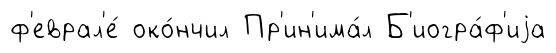
ф'еврал'е́ око́нчил Пр'ин'има́л Б'иогра́ф'иjа